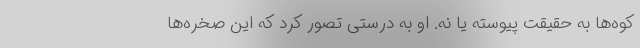
کوه‌ها به حقیقت پیوسته یا نه. او به درستی تصور کرد که این صخره‌ها